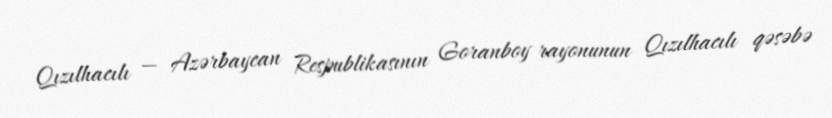
Qızılhacılı — Azərbaycan Respublikasının Goranboy rayonunun Qızılhacılı qəsəbə